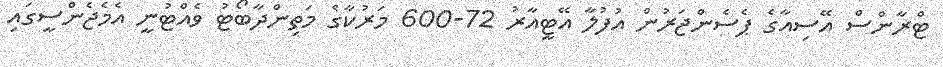
ޓްރާންސް އޭސިއާގެ ޕެސެންޖަރުން އުފުލާ އޭޓީއާރު 72-600 މަރުކާގެ މަތިންދާބޯޓު ވެއްޓުނީ އެމެޖެންސީގައި